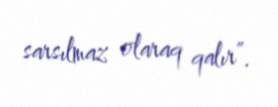
sarsılmaz olaraq qalır”.